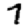
Digit: 7